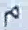
^{\mathcal{R}}